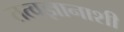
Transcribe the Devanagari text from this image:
तत्वज्ञानाशी